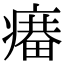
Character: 𤹲